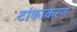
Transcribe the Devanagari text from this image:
टांकाकरण